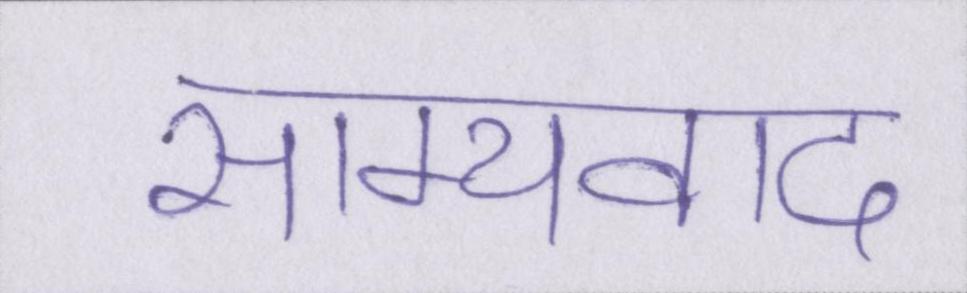
साम्यवाद